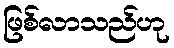
ဖြစ်လာသည်ဟု